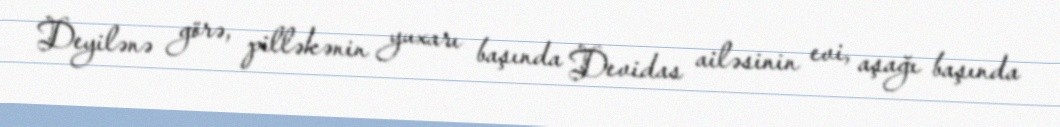
Deyilənə görə, pilləkənin yuxarı başında Devidas ailəsinin evi, aşağı başında